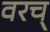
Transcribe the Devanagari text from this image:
वरच्